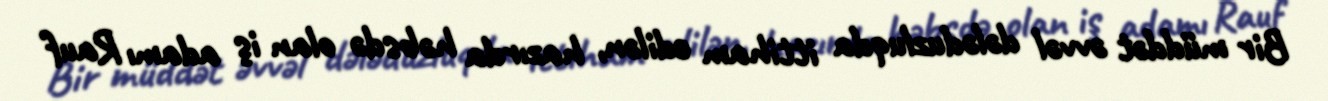
Bir müddət əvvəl dələduzluqda ittiham edilən, hazırda həbsdə olan iş adamı Rauf